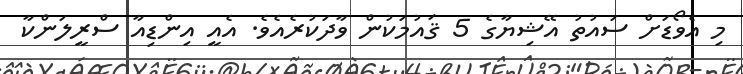
މި އެވޯޑަށް ސައުތު އޭޝިޔާގެ 5 ޤައުމަކުން ވާދަކުރެއެވެ. އެއީ އިންޑިއާ ސްރީލަންކާ